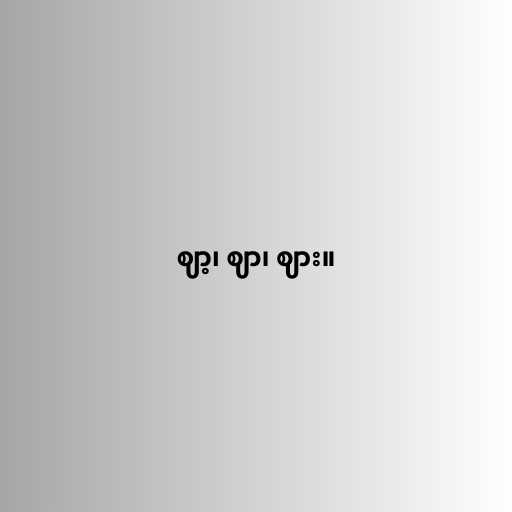
ဈာ့၊ ဈာ၊ ဈား။